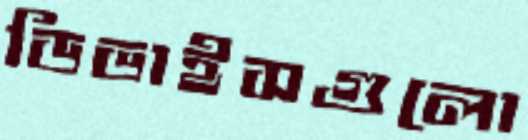
ডিভাইসগুলো